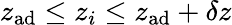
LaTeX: z_{\mathrm{ad}}\leq z_{i}\leq z_{\mathrm{ad}}+\delta z